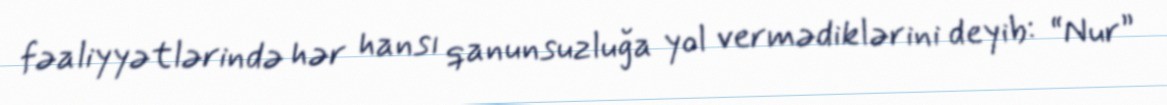
fəaliyyətlərində hər hansı qanunsuzluğa yol vermədiklərini deyib: “Nur”